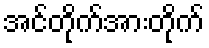
အင်တိုက်အားတိုက်